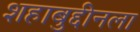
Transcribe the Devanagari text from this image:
शहाबुद्दीनला